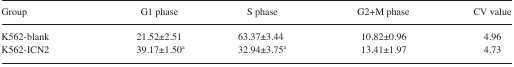
<table><thead><tr><td><b>Group</b></td><td><b>G1 phase</b></td><td><b>S phase</b></td><td><b>G2+M phase</b></td><td><b>CV value</b></td></tr></thead><tbody><tr><td>K562-blank</td><td>21.52±2.51</td><td>63.37±3.44</td><td>10.82±0.96</td><td>4.96</td></tr><tr><td>K562-ICN2</td><td>39.17±1.50<sup>a</sup></td><td>32.94±3.75<sup>a</sup></td><td>13.41±1.97</td><td>4.73</td></tr></tbody></table>